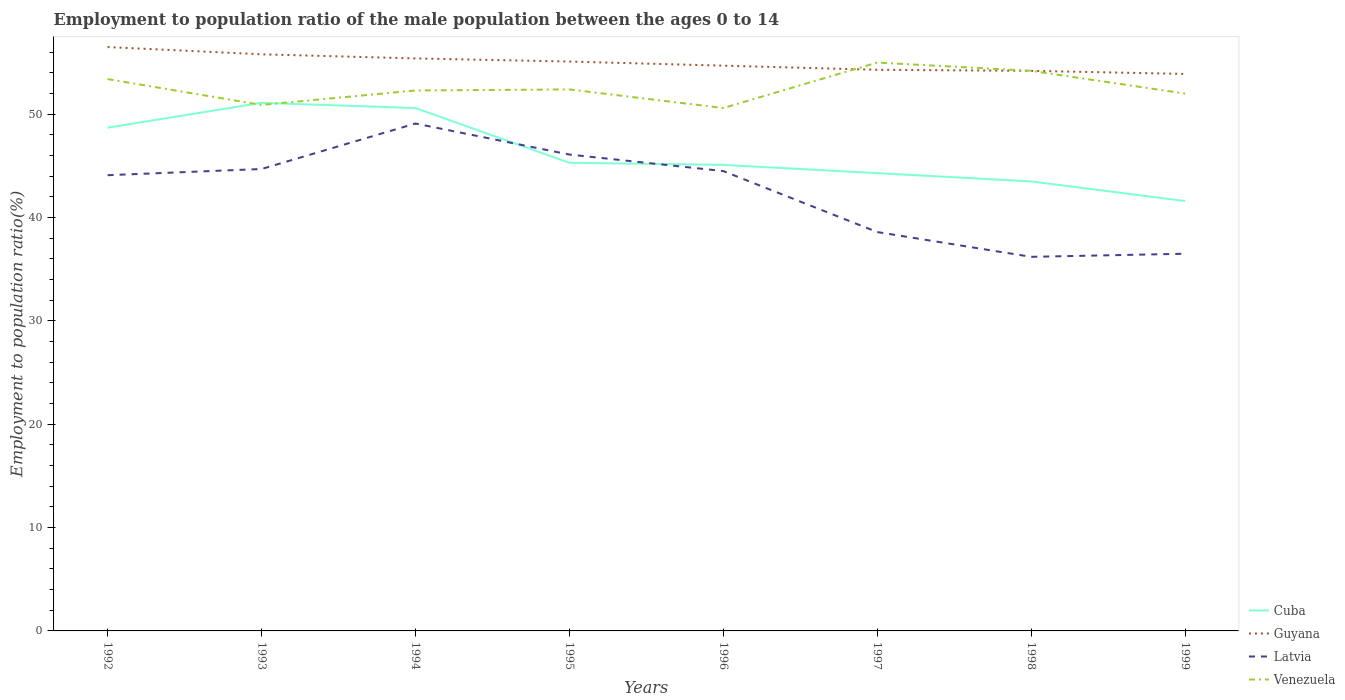
| Years | Cuba | Guyana | Latvia | Venezuela |
 | --- | --- | --- | --- | --- |
 | 1992 | 48.7 | 56.5 | 44.1 | 53.4 |
 | 1993 | 51.1 | 55.8 | 44.7 | 50.9 |
 | 1994 | 50.6 | 55.4 | 49.1 | 52.3 |
 | 1995 | 45.3 | 55.1 | 46.1 | 52.4 |
 | 1996 | 45.1 | 54.7 | 44.5 | 50.6 |
 | 1997 | 44.3 | 54.3 | 38.6 | 55 |
 | 1998 | 43.5 | 54.2 | 36.2 | 54.2 |
 | 1999 | 41.6 | 53.9 | 36.5 | 52 |